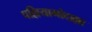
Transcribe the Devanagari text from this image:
पल्लियागोदाल्ला